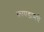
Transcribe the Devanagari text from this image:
कापडामधे